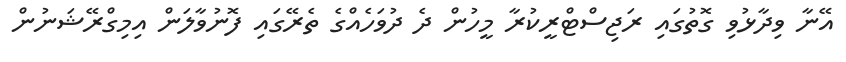
އޭނާ ވިދާޅުވި ގޮތުގައި ރަޖިސްޓްރީކުރާ މީހުން ދެ ދުވަހެއްގެ ތެރޭގައި ފޮނުވާލަން އިމިގްރޭޝަނުން